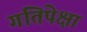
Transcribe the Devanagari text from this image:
गतिपेक्षा